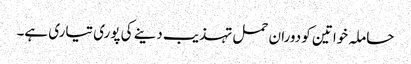
حاملہ خواتین کو دوران حمل تہذیب دینے کی پوری تیاری ہے۔